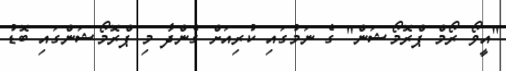
"އީވޯ ރޯމް ޕްރޮމޯޝަން" ގެ ނަމުގައި ކުރިއަށް ގެންދާ މި ޕްރޮމޯޝަންގައި ބޮޑު